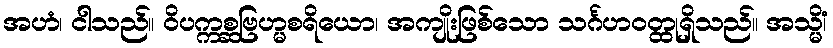
အဟံ၊ ငါသည်။ ဝိပက္ကစ္ဆဗြဟ္မစရိယော၊ အကျိုးဖြစ်သော သင်္ဂဟဝတ္ထုရှိသည်။ အသ္မိံ၊